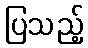
ပြသည့်